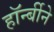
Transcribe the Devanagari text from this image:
हॉर्न्बीने